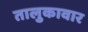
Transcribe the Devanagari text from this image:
तालुकावार